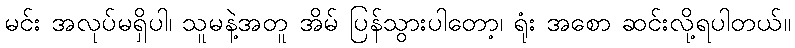
မင်း အလုပ်မရှိပါ၊ သူမနဲ့အတူ အိမ် ပြန်သွားပါတော့၊ ရုံး အစော ဆင်းလို့ရပါတယ်။